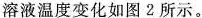
溶液温度变化如图2所示。